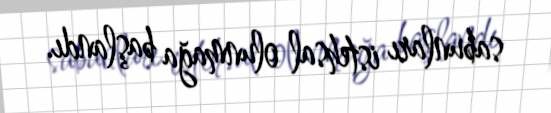
sabunları istehsal olunmağa başlandı.